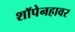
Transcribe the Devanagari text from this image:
शॉपेनहावर